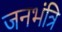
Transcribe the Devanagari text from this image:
जनभंत्रि